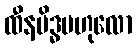
ထီနမိဒ္ဓဗဟုလော